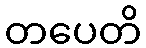
တပေတိ